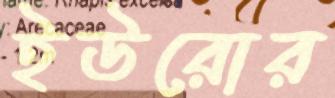
ইউরোর